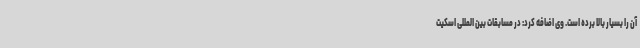
آن را بسیار بالا برده است. وی اضافه کرد: در مسابقات بین المللی اسکیت